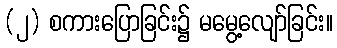
(၂) စကားပြောခြင်း၌ မမွေ့လျော်ခြင်း။